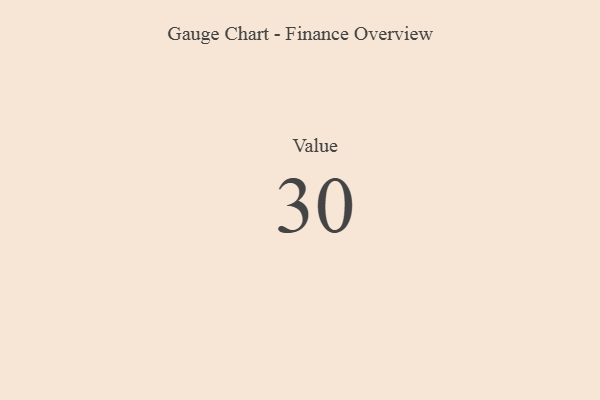
{"axis": {"x": "Metric", "y": "Value"}, "legend": [""], "data": [{"x": "Value", "y": 30, "type": ""}]}